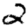
Digit: 2